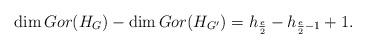
LaTeX: \begin{align*} \dim Gor(H_G)-\dim Gor(H_{G'})=h_{\frac{e}{2}}-h_{\frac{e}{2}-1}+1. \end{align*}